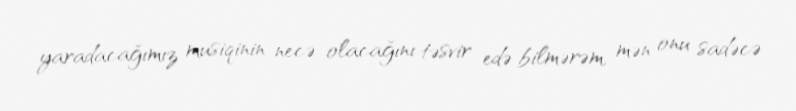
yaradacağımız musiqinin necə olacağını təsvir edə bilmərəm, mən onu sadəcə